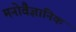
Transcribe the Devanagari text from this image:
मनाेवैज्ञानिक